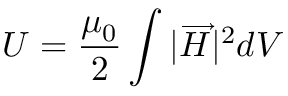
U = { \frac { \mu _ { 0 } } { 2 } } \int { | { \overrightarrow { H } } | ^ { 2 } d V }